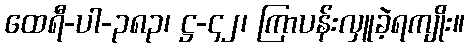
ထေရီ-ပါ-၃၈၃၊ ဋ္ဌ-၄၂၊ ကြာပန်းလှူခဲ့ရကျိုး။